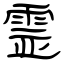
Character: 霊